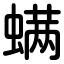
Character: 螨